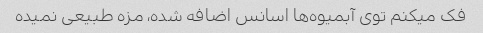
فک میکنم توی آبمیوه‌ها اسانس اضافه شده، مزه طبیعی نمیده